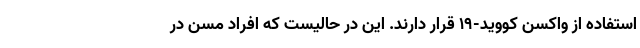
استفاده از واکسن کووید-۱۹ قرار دارند. این در حالیست که افراد مسن در